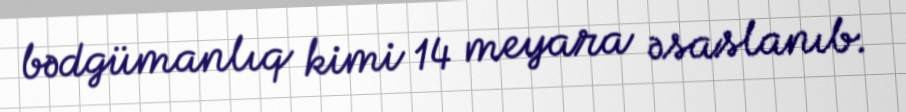
bədgümanlıq kimi 14 meyara əsaslanıb.